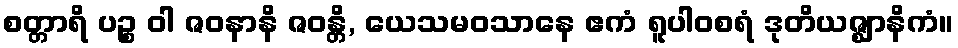
စတ္တာရိ ပဉ္စ ဝါ ဇဝနာနိ ဇဝန္တိ, ယေသမဝသာနေ ဧကံ ရူပါဝစရံ ဒုတိယဇ္ဈာနိကံ။